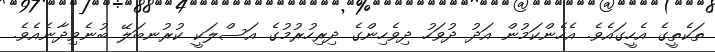
ތަކެތީގެ އެހީގައެވެ. އެހެންކަމުން އަދު ދުވަހު ދިވެހިންގެ ދިރިހުރުމުގެ އަސްލަކީ ކުރުނބަލޭ ބުނެވިދާނެއެވެ.